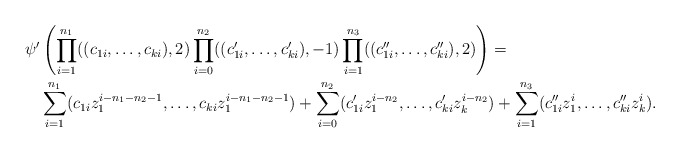
\begin{align*} \psi'& \left( \prod_{i=1}^{n_1}((c_{1i}, \ldots,c_{ki}),2) \prod_{i=0}^{n_2}((c_{1i}',\ldots,c_{ki}'),-1) \prod_{i=1}^{n_3}((c_{1i}'',\ldots,c_{ki}''),2)\right) =\\ &\sum_{i=1}^{n_1}(c_{1i}z_1^{i-n_1-n_2-1},\ldots,c_{ki}z_1^{i-n_1-n_2-1})+\sum_{i=0}^{n_2}(c_{1i}'z_1^{i-n_2},\ldots,c_{ki}'z_k^{i-n_2})+\sum_{i=1}^{n_3}(c_{1i}''z_1^{i},\ldots,c_{ki}''z_k^{i}).\end{align*}